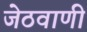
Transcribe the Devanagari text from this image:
जेठवाणी